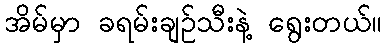
အိမ်မှာ ခရမ်းချဉ်သီးနဲ့ ရွေးတယ်။